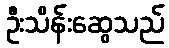
ဦးသိန်းဆွေသည်